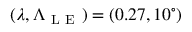
( \lambda , \Lambda _ { \mathrm { ~ L ~ E ~ } } ) = ( 0 . 2 7 , 1 0 ^ { \circ } )